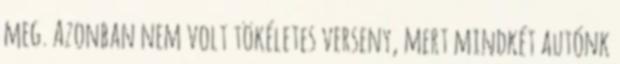
meg. Azonban nem volt tökéletes verseny, mert mindkét autónk